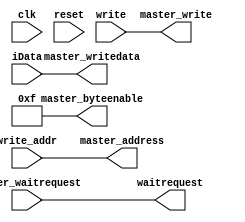

// Master write component
module mem_write_buffer_avalon_interface (
	input					clk,
	input					reset,
	
	// Control inputs and outputs
	input		[31:0]	write_addr,
	input		[31:0]	iData,
	input					write,
	output				waitrequest,
	
	// Avalon-MM master signals
	output	[31:0]	master_address,
	output				master_write,
	output	[3:0] 	master_byteenable,
	output	[31:0] 	master_writedata,
	input					master_waitrequest
);
	parameter DATAWIDTH = 32;
	parameter BYTEENABLEWIDTH = 4;
	parameter ADDRESSWIDTH = 30;		// 1GB
//	parameter FIFODEPTH = 32;
//	parameter FIFODEPTH_LOG2 = 5;
//	parameter FIFOUSEMEMORY = 1;  // set to 0 to use LEs instead
	
	// controlled signals going to the master/control ports
	assign	master_address = write_addr;
	assign	master_byteenable = 4'b1111;
	assign	master_write = write;
	assign	master_writedata = iData;
	
	assign	waitrequest = master_waitrequest;
	
endmodule